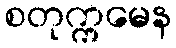
စတုက္ကမေန